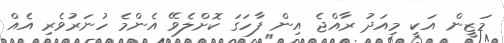
މަޒީން އަކީ މިއަދު ރާއްޖެ އިން ފާހަގަ ކޮށްލެވޭ އެންމެ ހުނަރުވެރި އެއް